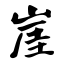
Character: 崖